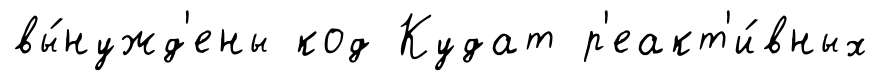
вы́нужд'ены код Кудат р'еакт'и́вных